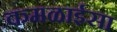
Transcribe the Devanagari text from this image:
कमळाईसा